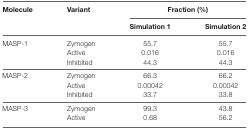
| <ROWSPAN=2> Molecule | <ROWSPAN=2> Variant | <COLSPAN=2> Fraction (%) |
 | Simulation 1 | Simulation 2 |
 | --- | --- | --- | --- |
 | <ROWSPAN=3> MASP-1 | Zymogen | 55.7 | 55.7 |
 | Active | 0.016 | 0.016 |
 | Inhibited | 44.3 | 44.3 |
 | <ROWSPAN=3> MASP-2 | Zymogen | 66.3 | 66.2 |
 | Active | 0.00042 | 0.00042 |
 | Inhibited | 33.7 | 33.8 |
 | <ROWSPAN=2> MASP-3 | Zymogen | 99.3 | 43.8 |
 | Active | 0.68 | 56.2 |